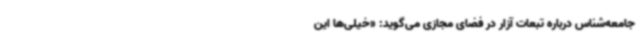
جامعه‌شناس درباره تبعات آزار در فضای مجازی می‌گوید: «خیلی‌ها این